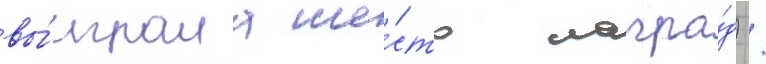
вы́играла ше́сть награ́д) /